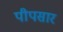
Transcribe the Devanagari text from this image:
पीपसार